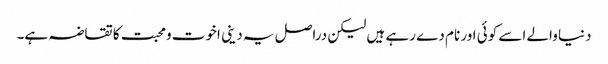
دنیا والے اسے کوئی اور نام دے رہے ہیں لیکن دراصل یہ دینی اخوت ومحبت کا تقاضہ ہے۔